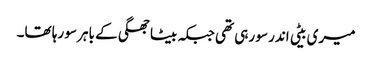
میری بیٹی اندر سو رہی تھی جبکہ بیٹا جھگی کے باہر سو رہا تھا۔